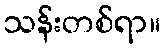
သန်းတစ်ရာ။